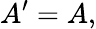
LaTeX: A^{\prime}=A,